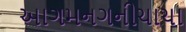
આગમનગનીચાચા